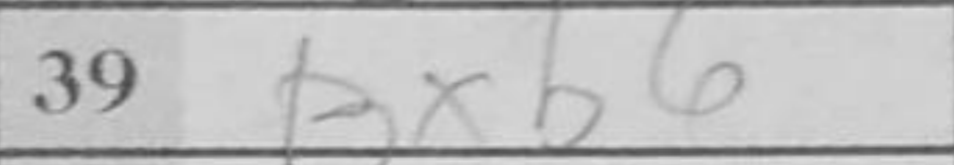
Transcription: Bxb6